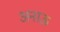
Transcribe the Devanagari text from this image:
अनाऊ